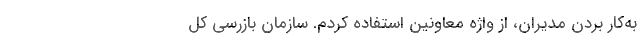
به‌کار بردن مدیران، از واژه معاونین استفاده کردم. سازمان بازرسی کل